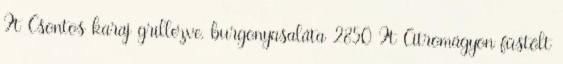
Ft Csontos karaj grillezve, burgonyasaláta 2850 Ft Citromágyon füstölt